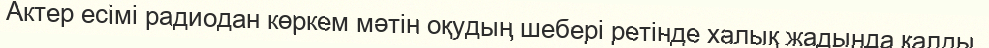
Актер есімі радиодан көркем мәтін оқудың шебері ретінде халық жадында қалды.